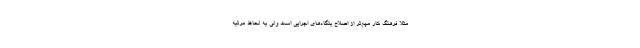
مثلا فرهنگِ کار مهم‌تر از اصلاح بنگاه‌های اجرایی است ولی به لحاظ مرتبه